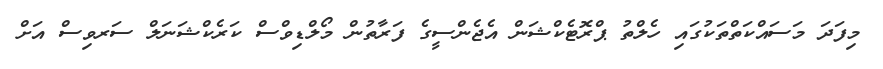
މިފަދަ މަސައްކަތްތަކުގައި ހެލްތު ޕްރޮޓެކްޝަން އެޖެންސީގެ ފަރާތުން މޯލްޑިވްސް ކަރެކްޝަނަލް ސަރވިސް އަށް